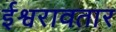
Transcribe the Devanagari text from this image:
ईश्वरावतार